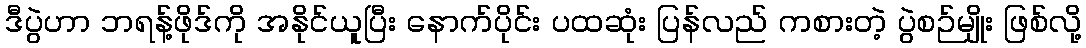
ဒီပွဲဟာ ဘရန့်ဖိုဒ်ကို အနိုင်ယူပြီး နောက်ပိုင်း ပထဆုံး ပြန်လည် ကစားတဲ့ ပွဲစဉ်မျိုး ဖြစ်လို့